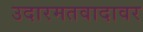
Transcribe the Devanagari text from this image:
उदारमतवादावर